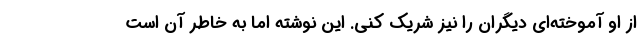
از او آموخته‌ای دیگران را نیز شریک کنی. این نوشته اما به خاطر آن است